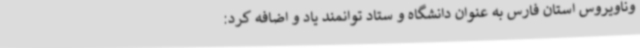
وناویروس استان فارس به عنوان دانشگاه و ستاد توانمند یاد و اضافه کرد: